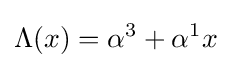
\Lambda (x)=\alpha ^{3}+\alpha ^{1}x